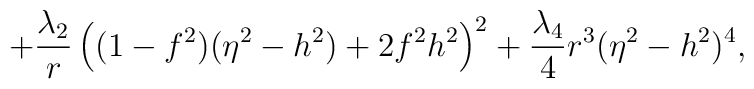
+\frac{\lambda_2}{r} \left( (1-f^2)(\eta^2 -h^2)+2f^2 h^2 \right)^2 +\frac{\lambda_4}{4} r^3 (\eta^2 -h^2)^4,